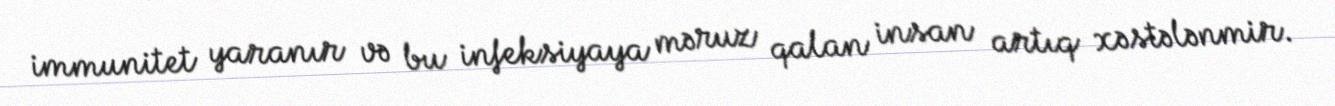
immunitet yaranır və bu infeksiyaya məruz qalan insan artıq xəstələnmir.